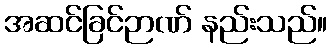
အဆင်ခြင်ဉာဏ် နည်းသည်။